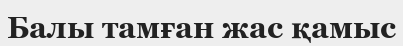
Балы тамған жас қамыс